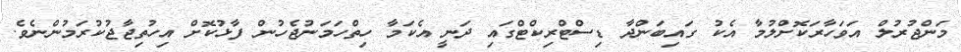
މަންޖުރުލް އަވަހާރަކޮށްލުމާ އެކު ގައިބަންދާ ޑިސްޓްރިކްޓްގައި ދަނީ އެކަމާ ހިތްހަމަނުޖެހުން ފާޅުކޮށް އިހުތިޖާޖުކުރަމުންނެވެ.